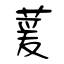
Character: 萲